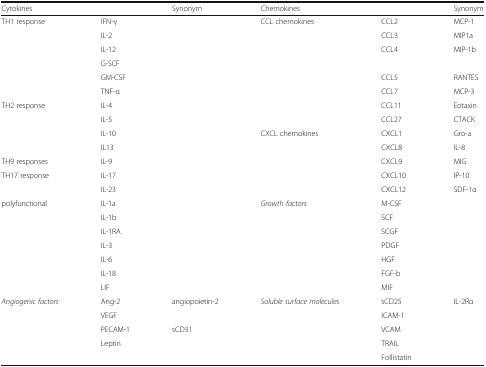
<table><thead><tr><td><b>Cytokines</b></td><td>[EMPTY_CELL]</td><td><b>Synonym</b></td><td><b>Chemokines</b></td><td>[EMPTY_CELL]</td><td><b>Synonym</b></td></tr></thead><tbody><tr><td>TH1 response</td><td>IFN-γ</td><td>[EMPTY_CELL]</td><td>CCL chemokines</td><td>CCL2</td><td>MCP-1</td></tr><tr><td>[EMPTY_CELL]</td><td>IL-2</td><td>[EMPTY_CELL]</td><td>[EMPTY_CELL]</td><td>CCL3</td><td>MIP1a</td></tr><tr><td>[EMPTY_CELL]</td><td>IL-12</td><td>[EMPTY_CELL]</td><td>[EMPTY_CELL]</td><td>CCL4</td><td>MIP-1b</td></tr><tr><td>[EMPTY_CELL]</td><td>G-SCF</td><td>[EMPTY_CELL]</td><td>[EMPTY_CELL]</td><td>[EMPTY_CELL]</td><td>[EMPTY_CELL]</td></tr><tr><td>[EMPTY_CELL]</td><td>GM-CSF</td><td>[EMPTY_CELL]</td><td>[EMPTY_CELL]</td><td>CCL5</td><td>RANTES</td></tr><tr><td>[EMPTY_CELL]</td><td>TNF-α</td><td>[EMPTY_CELL]</td><td>[EMPTY_CELL]</td><td>CCL7</td><td>MCP-3</td></tr><tr><td>TH2 response</td><td>IL-4</td><td>[EMPTY_CELL]</td><td>[EMPTY_CELL]</td><td>CCL11</td><td>Eotaxin</td></tr><tr><td>[EMPTY_CELL]</td><td>IL-5</td><td>[EMPTY_CELL]</td><td>[EMPTY_CELL]</td><td>CCL27</td><td>CTACK</td></tr><tr><td>[EMPTY_CELL]</td><td>IL-10</td><td>[EMPTY_CELL]</td><td>CXCL chemokines</td><td>CXCL1</td><td>Gro-a</td></tr><tr><td>[EMPTY_CELL]</td><td>IL13</td><td>[EMPTY_CELL]</td><td>[EMPTY_CELL]</td><td>CXCL8</td><td>IL-8</td></tr><tr><td>TH9 responses</td><td>IL-9</td><td>[EMPTY_CELL]</td><td>[EMPTY_CELL]</td><td>CXCL9</td><td>MIG</td></tr><tr><td>TH17 response</td><td>IL-17</td><td>[EMPTY_CELL]</td><td>[EMPTY_CELL]</td><td>CXCL10</td><td>IP-10</td></tr><tr><td>[EMPTY_CELL]</td><td>IL-23</td><td>[EMPTY_CELL]</td><td>[EMPTY_CELL]</td><td>CXCL12</td><td>SDF-1α</td></tr><tr><td>polyfunctional</td><td>IL-1a</td><td>[EMPTY_CELL]</td><td><i>Growth factors</i></td><td>M-CSF</td><td>[EMPTY_CELL]</td></tr><tr><td>[EMPTY_CELL]</td><td>IL-1b</td><td>[EMPTY_CELL]</td><td>[EMPTY_CELL]</td><td>SCF</td><td>[EMPTY_CELL]</td></tr><tr><td>[EMPTY_CELL]</td><td>IL-1RA</td><td>[EMPTY_CELL]</td><td>[EMPTY_CELL]</td><td>SCGF</td><td>[EMPTY_CELL]</td></tr><tr><td>[EMPTY_CELL]</td><td>IL-3</td><td>[EMPTY_CELL]</td><td>[EMPTY_CELL]</td><td>PDGF</td><td>[EMPTY_CELL]</td></tr><tr><td>[EMPTY_CELL]</td><td>IL-6</td><td>[EMPTY_CELL]</td><td>[EMPTY_CELL]</td><td>HGF</td><td>[EMPTY_CELL]</td></tr><tr><td>[EMPTY_CELL]</td><td>IL-18</td><td>[EMPTY_CELL]</td><td>[EMPTY_CELL]</td><td>FGF-b</td><td>[EMPTY_CELL]</td></tr><tr><td>[EMPTY_CELL]</td><td>LIF</td><td>[EMPTY_CELL]</td><td>[EMPTY_CELL]</td><td>MIF</td><td>[EMPTY_CELL]</td></tr><tr><td><i>Angiogenic factors</i></td><td>Ang-2</td><td>angiopoietin-2</td><td><i>Soluble surface molecules</i></td><td>sCD25</td><td>IL-2Rα</td></tr><tr><td>[EMPTY_CELL]</td><td>VEGF</td><td>[EMPTY_CELL]</td><td>[EMPTY_CELL]</td><td>ICAM-1</td><td>[EMPTY_CELL]</td></tr><tr><td>[EMPTY_CELL]</td><td>PECAM-1</td><td>sCD31</td><td>[EMPTY_CELL]</td><td>VCAM</td><td>[EMPTY_CELL]</td></tr><tr><td>[EMPTY_CELL]</td><td>Leptin</td><td>[EMPTY_CELL]</td><td>[EMPTY_CELL]</td><td>TRAIL</td><td>[EMPTY_CELL]</td></tr><tr><td>[EMPTY_CELL]</td><td>[EMPTY_CELL]</td><td>[EMPTY_CELL]</td><td>[EMPTY_CELL]</td><td>Follistatin</td><td>[EMPTY_CELL]</td></tr></tbody></table>